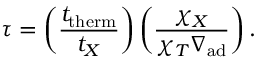
\tau = \left( { \frac { t _ { \mathrm { t h e r m } } } { t _ { X } } } \right) \left( { \frac { \chi _ { X } } { \chi _ { T } \nabla _ { \mathrm { a d } } } } \right) .